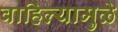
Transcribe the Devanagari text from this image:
वाहिल्यामुळे